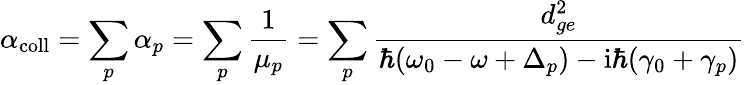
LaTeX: \alpha_{\mathrm{coll}}=\sum_{p}\alpha_{p}=\sum_{p}\frac{1}{\mu_{p}}=\sum_{p}\frac{d_{ge}^{2}}{\hbar(\omega_{0}-\omega+\Delta_{p})-\mathrm{i}\hbar(\gamma_{0}+\gamma_{p})}